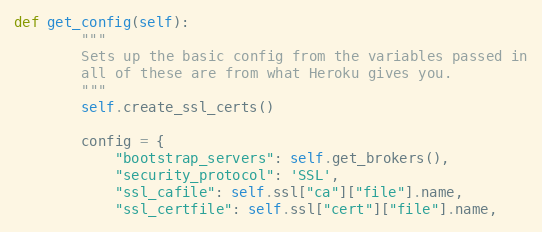
Language: Python
def get_config(self):
        """
        Sets up the basic config from the variables passed in
        all of these are from what Heroku gives you.
        """
        self.create_ssl_certs()

        config = {
            "bootstrap_servers": self.get_brokers(),
            "security_protocol": 'SSL',
            "ssl_cafile": self.ssl["ca"]["file"].name,
            "ssl_certfile": self.ssl["cert"]["file"].name,